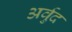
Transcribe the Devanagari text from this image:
अर्वुद